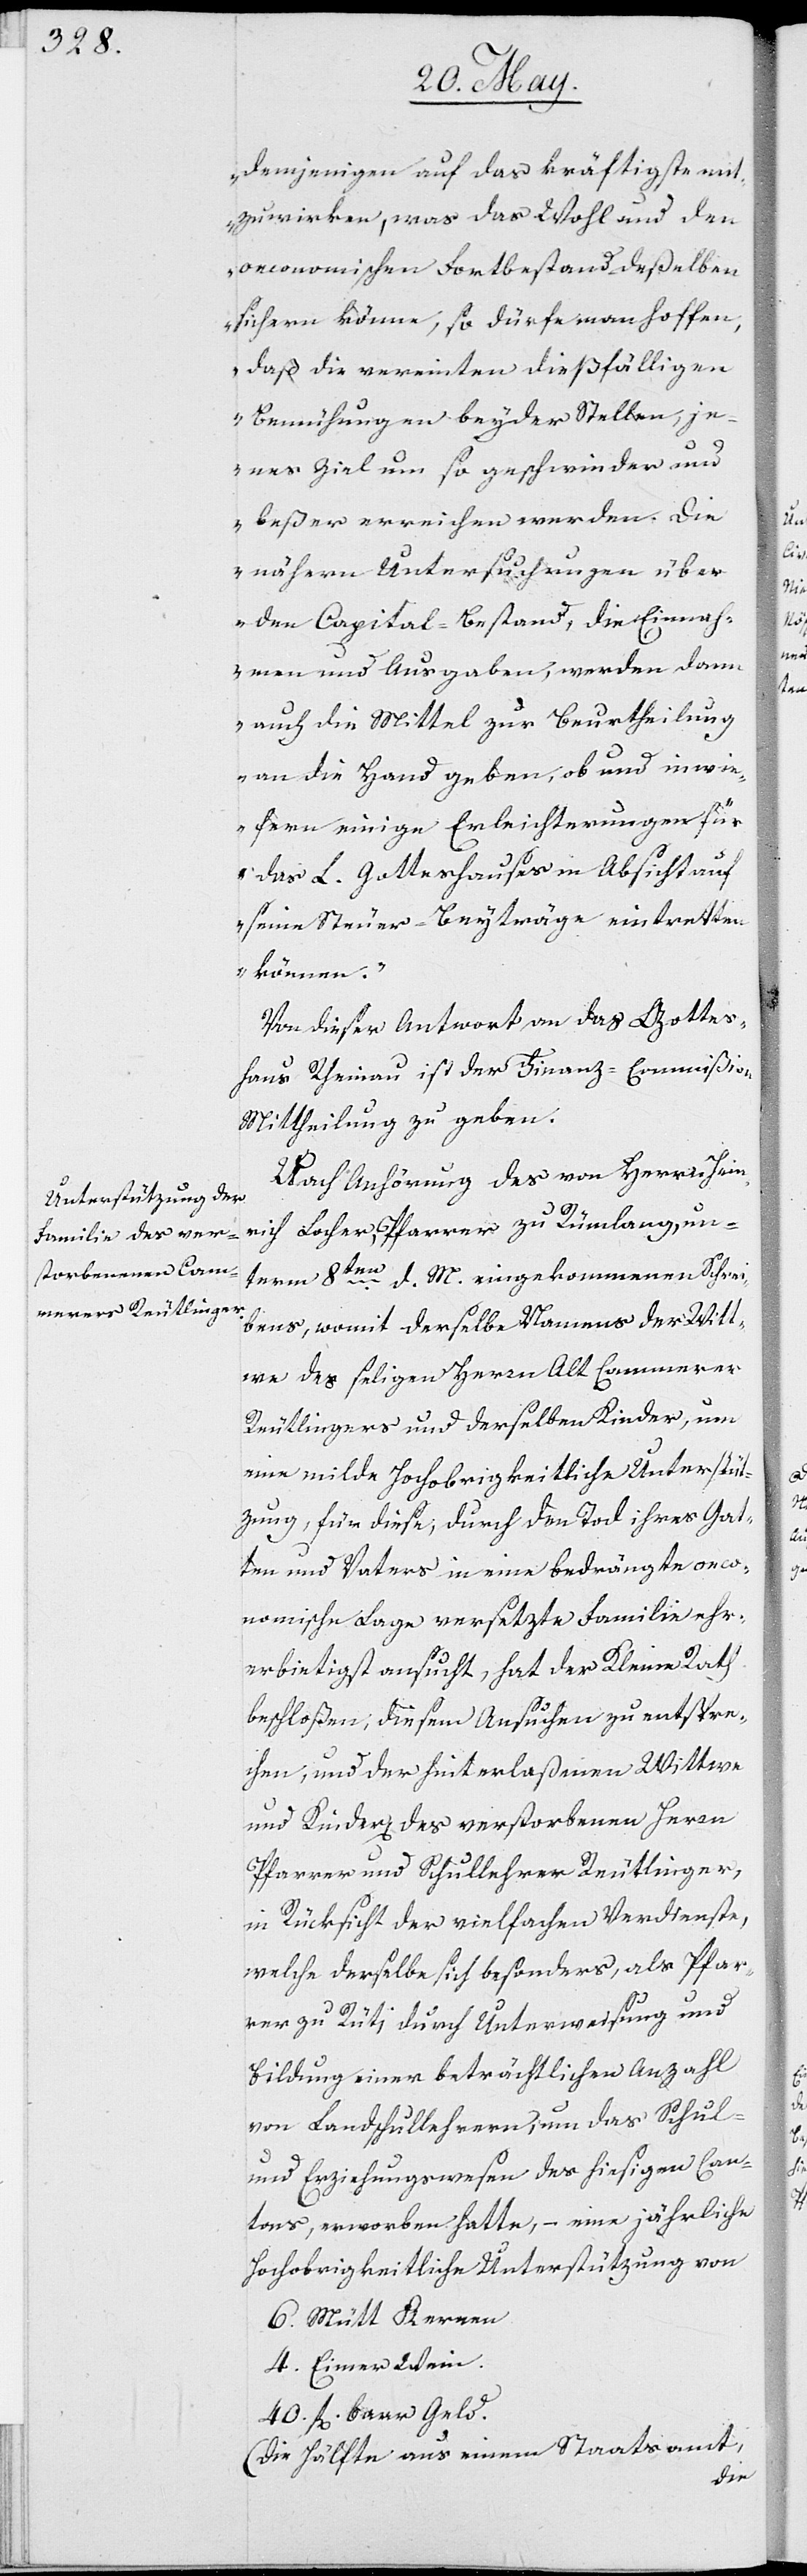
demjenigen auf das kräftigste mit¬
zuwirken, was das Wohl und den
oeconomischen Fortbestand deßelben
sichern könne; so dürfe man hoffen,
daß die vereinten dießfälligen
Bemühungen beyder Stellen, j¬
enes Ziel um so geschwinder und
beßer erreichen werden. Die
näheren Untersuchungen über
den Capital-Bestand, die Einnah¬
men und Ausgaben, werden dann
auch die Mittel zur Beurtheilung
an die Hand geben, ob und inwie¬
fern einige Erleichterungen für
das L. Gotteshauses in Absicht auf
seinen Steuer-Beyträge eintretten
können.“
Von dieser Antwort an das Gottes¬
haus Rheinau ist der Finanz-Commißion
Mittheilung zu geben.
Nach Anhörung des von Herrn Hein¬
rich Locher, Pfarrer zu Rümlang, un¬
term 8ten d. M. eingekommenen Schrei¬
bens, womit derselbe Namens der Witt¬
we des seligen Herrn Alt Cammerer
Reutlinger und derselben Kinder, um
eine milde Hochobrigkeitliche Unterstüt¬
zung, für diese, durch den Tod ihres Gat¬
ten und Vaters in eine bedrängte oeco¬
nomische Lage versetzte Familie ehr¬
erbietigst ansucht, hat der Kleine Rath
beschloßen; diesem Ansuchen zu entspre¬
chen, und der hinterlaßenen Wittwe
und Kinderen des verstorbenen Herrn
Pfarrer und Schullehrer Reutlinger,
in Rücksicht der vielfachen Verdienste,
sich derselbe besonders, als Pfar¬
rer zu Rüti durch Unterweisung und
Bildung einer beträchtlichen Anzahl
von Landschulleherren, um das Schul-
und Erziehungswesen des hiesigen Can¬
tons, erworben hatte, – eine jährliche
Hochobrigkeitliche Unterstützung von
6. Mütt Kernen
4. Eimer Wein.
40. fl baar Geld.
(die Hälfte aus einem Staatsamt,